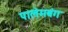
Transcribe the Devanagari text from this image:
पालेमबंग